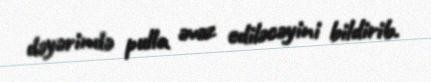
dəyərində pulla əvəz ediləcəyini bildirib.